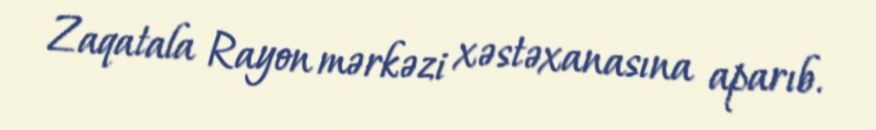
Zaqatala Rayon mərkəzi xəstəxanasına aparıb.